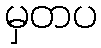
မှတပ